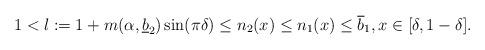
LaTeX: \begin{align*}1<l:=1+m(\alpha,\underline{b}_2)\sin(\pi\delta)\le n_2(x)\le n_1(x)\le\overline{b}_1,x\in[\delta,1-\delta].\end{align*}